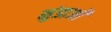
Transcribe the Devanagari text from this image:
मुंडाओं